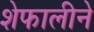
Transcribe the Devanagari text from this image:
शेफालीने